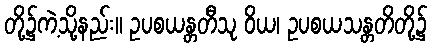
တို့၌ကဲ့သို့နည်း။ ဥပစယန္တတီသု ဝိယ၊ ဥပစယသန္တတိတို့၌